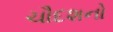
ચૌદશનો